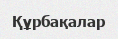
Құрбақалар